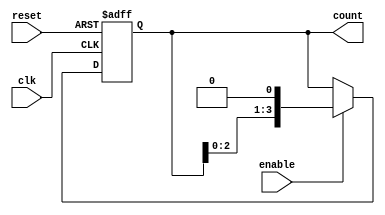
module ring_counter_enable(    
    input wire clk,       // Clock input
    input wire reset,     // Reset input
    input wire enable,    // Enable input
    output reg [3:0] count  // Output count signal
);

// Ring counter with enable signal

always @(posedge clk or posedge reset) begin
    if (reset) begin
        count <= 4'b0001;  // Reset to specific state when disabled
    end else begin
        if (enable) begin
            count <= count << 1;  // Advance through states in fixed sequence when enabled
        end
    end
end

endmodule